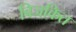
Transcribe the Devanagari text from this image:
बिजकित